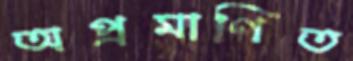
অপ্রমাণিত